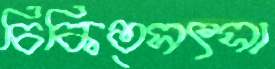
চিকিত্সৎসা